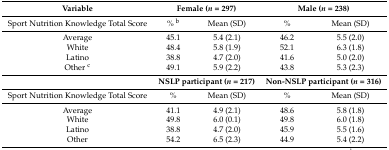
<table><thead><tr><td><b>Variable</b></td><td colspan="2"><b>Female (<i>n</i> = 297)</b></td><td colspan="2"><b>Male (<i>n</i> = 238)</b></td></tr></thead><tbody><tr><td>Sport Nutrition Knowledge Total Score</td><td>% <sup>b</sup></td><td>Mean (SD)</td><td>%</td><td>Mean (SD)</td></tr><tr><td>Average</td><td>45.1</td><td>5.4 (2.1)</td><td>46.2</td><td>5.5 (2.0)</td></tr><tr><td>White</td><td>48.4</td><td>5.8 (1.9)</td><td>52.1</td><td>6.3 (1.8)</td></tr><tr><td>Latino</td><td>38.8</td><td>4.7 (2.0)</td><td>41.6</td><td>5.0 (2.0)</td></tr><tr><td>Other <sup>c</sup></td><td>49.1</td><td>5.9 (2.2)</td><td>43.8</td><td>5.3 (2.3)</td></tr><tr><td></td><td colspan="2"><b>NSLP participant (<i>n</i> = 217)</b></td><td colspan="2"><b>Non-NSLP participant (<i>n</i> = 316)</b></td></tr><tr><td>Sport Nutrition Knowledge Total Score</td><td>%</td><td>Mean (SD)</td><td>%</td><td>Mean (SD)</td></tr><tr><td>Average</td><td>41.1</td><td>4.9 (2.1)</td><td>48.6</td><td>5.8 (1.8)</td></tr><tr><td>White</td><td>49.8</td><td>6.0 (0.1)</td><td>49.8</td><td>6.0 (1.8)</td></tr><tr><td>Latino</td><td>38.8</td><td>4.7 (2.0)</td><td>45.9</td><td>5.5 (1.6)</td></tr><tr><td>Other</td><td>54.2</td><td>6.5 (2.3)</td><td>44.9</td><td>5.4 (2.2)</td></tr></tbody></table>